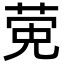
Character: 𬝂